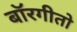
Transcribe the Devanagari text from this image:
बॉरगीतो